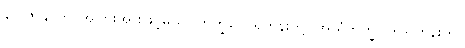
န ပဇာနာတိ၊ အပြားအားဖြင့်မသိ။ ဘိက္ခဝေ၊ ရဟန်းတို့။ အယံဘိက္ခု၊ ဤရဟန်းကို။